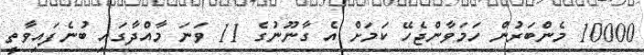
10000 މެންބަރުން ހަމަވާންޖެހޭ ކަމަށް އެ ގާނޫނުގެ 11 ވަނަ މާއްދާގައި ބުނެފައިވާތީ